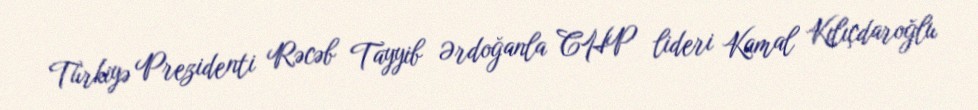
Türkiyə Prezidenti Rəcəb Tayyib Ərdoğanla CHP lideri Kamal Kılıçdaroğlu